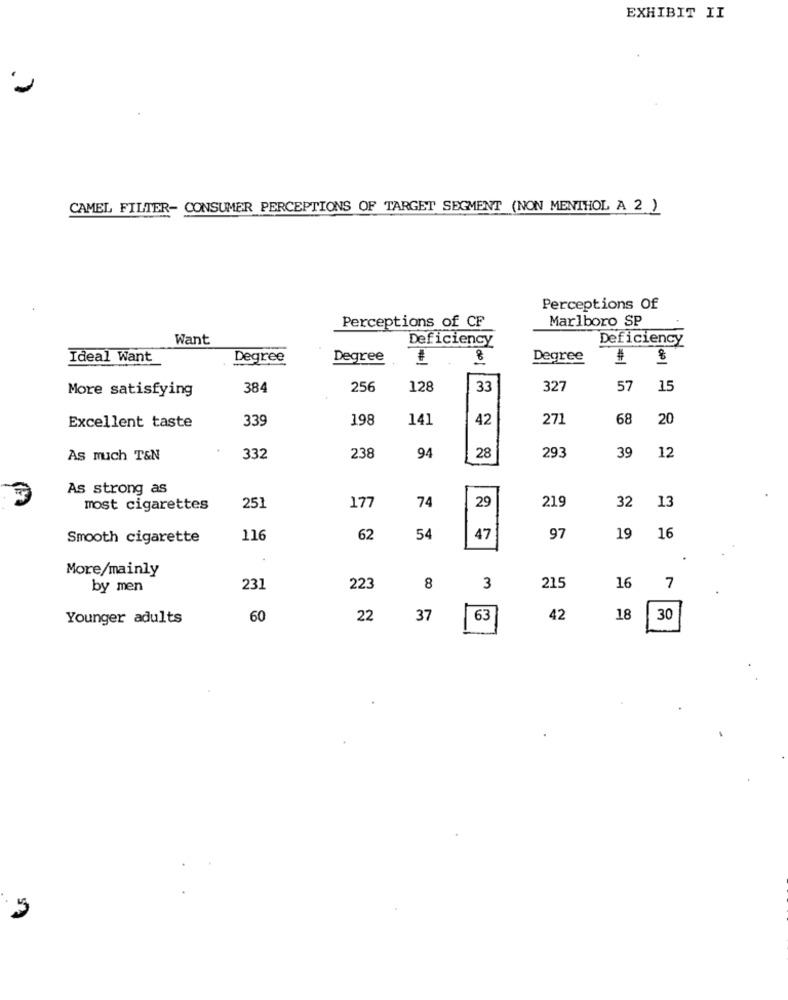
EXHIBIT II
CAMEL FILTER- CONSUMER PERCEPTIONS OF TARGET SEGMENT (NON MENTHOL A 2 )
Perceptions Of
Marlboro SP
Perceptions of CF
Want
Deficiency
Deficiency
Ideal Want
Degree
Degree
Degree
dp
384
256
128
33
327
57
15
More satisfying
339
198
141
42
27
68
20
Excellent taste
94
293
39
12
As much T&N
332
238
28
As strong as
177
74
29
219
32
13
most cigarettes
251
Smooth cigarette
116
62
54
47
97
19 16
More/mainly
by men
231
223
8
3
215
16
7
Younger adults
60
22
37
42
18
30
6